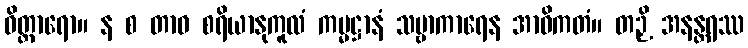
ဝိတ္ထာရော။ န စ တာဝ စရိယာနုကူလံ ကမ္မဋ္ဌာနံ သဗ္ဗာကာရေန အာဝိကတံ။ တဉှိ အနန္တရဿ